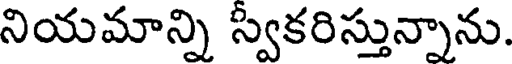
నియమాన్ని స్వకరిస్తున్నాను.